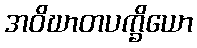
အဝိဃာတပက္ခိယော